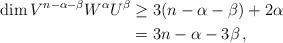
LaTeX: \begin{align*}\dim V^{n-\alpha-\beta} W^\alpha U^\beta&\geq 3(n-\alpha-\beta)+2\alpha\\&=3n-\alpha-3\beta\,,\end{align*}